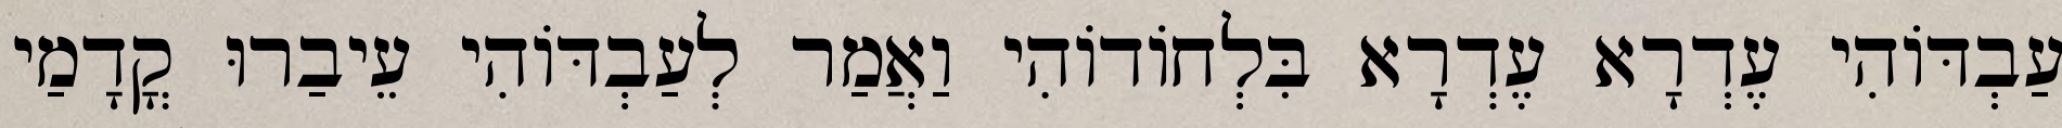
עַבְדּוֹהִי עֶדְרָא עֶדְרָא בִּלְחוֹדוֹהִי וַאֲמַר לְעַבְדּוֹהִי עֵיבַרוּ קֳדָמַי